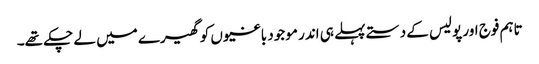
تاہم فوج اور پولیس کے دستے پہلے ہی اندر موجود باغیوں کو گھیرے میں لے چکے تھے۔